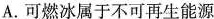
A.可燃冰属于不可再生能源